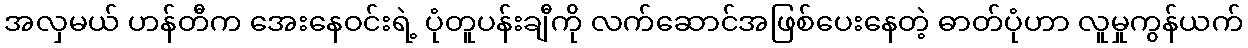
အလှမယ် ဟန်တီက အေးနေဝင်းရဲ့ ပုံတူပန်းချီကို လက်ဆောင်အဖြစ်ပေးနေတဲ့ ဓာတ်ပုံဟာ လူမှုကွန်ယက်